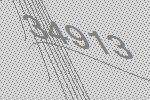
34913